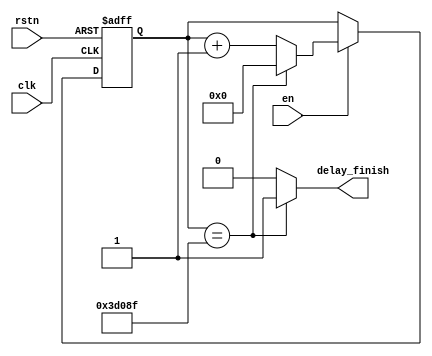
module Delay # (
    parameter delay_time = 249999
)(
    input      clk,
    input      rstn,
    input      en,
    output     delay_finish
);

reg  [29:0]cnt;
wire [29:0]cnt_nxt = ( cnt == delay_time ) ? 30'b0 : cnt + 1'b1;


always @(posedge clk , negedge rstn) begin
    if (!rstn) begin
        cnt <= 30'b0;
    end else begin
        if(en) cnt <= cnt_nxt;
    end
end

assign delay_finish = ( cnt == delay_time ) ? 1'b1 : 1'b0;

endmodule